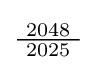
{\tfrac {\ 2048\ }{2025}}